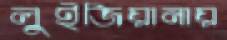
লুইজিয়ানায়